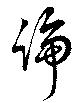
論